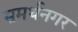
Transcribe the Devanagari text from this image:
समर्थनगर